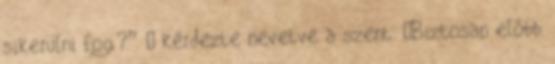
sikerülni fog?” – kérdezte nevetve a szent. „Biztosan előbb